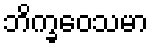
ဘိက္ခဝေသမာ